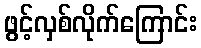
ဖွင့်လှစ်လိုက်ကြောင်း